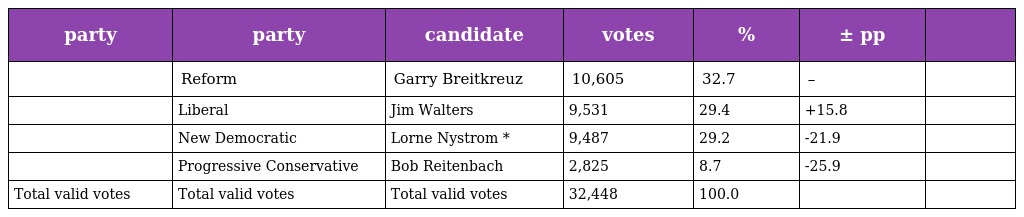
| party | party | candidate | votes | % | ± pp |  |
 | --- | --- | --- | --- | --- | --- | --- |
 |  | Reform | Garry Breitkreuz | 10,605 | 32.7 | – |  |
 |  | Liberal | Jim Walters | 9,531 | 29.4 | +15.8 |  |
 |  | New Democratic | Lorne Nystrom * | 9,487 | 29.2 | -21.9 |  |
 |  | Progressive Conservative | Bob Reitenbach | 2,825 | 8.7 | -25.9 |  |
 | Total valid votes | Total valid votes | Total valid votes | 32,448 | 100.0 |  |  |